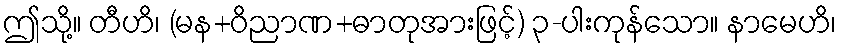
ဤသို့။ တီဟိ၊ (မန+ဝိညာဏ+ဓာတုအားဖြင့်) ၃-ပါးကုန်သော။ နာမေဟိ၊